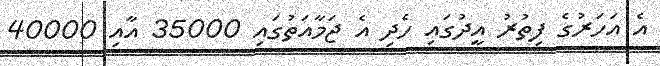
އެ އަހަރުގެ ފިތުރު އީދުގައި ހެދި އެ ޖަމާއަތުގައި 35000 އާއި 40000